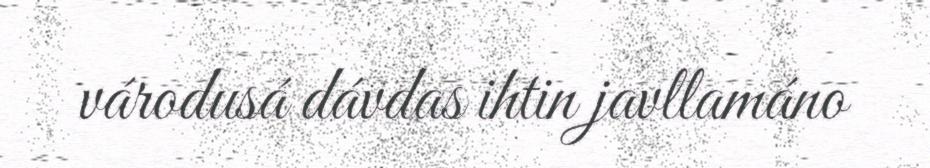
várodusá dávdas ihtin javllamáno